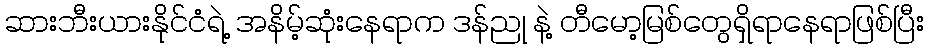
ဆားဘီးယားနိုင်ငံရဲ့ အနိမ့်ဆုံးနေရာက ဒန်ညု နဲ့ တီမော့မြစ်တွေရှိရာနေရာဖြစ်ပြီး